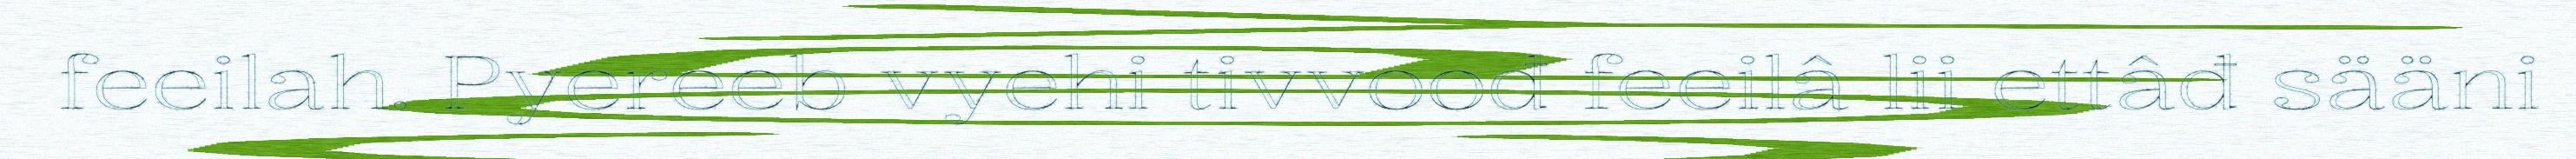
feeilah. Pyereeb vyehi tivvoođ feeilâ lii ettâđ sääni